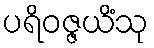
ပရိဝဇ္ဇယိံသု